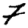
Digit: 7